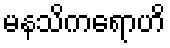
မနသိကရောဟိ